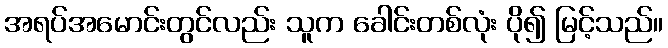
အရပ်အမောင်းတွင်လည်း သူက ခေါင်းတစ်လုံး ပို၍ မြင့်သည်။